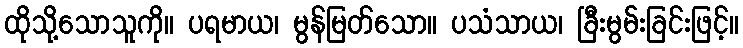
ထိုသို့သောသူကို။ ပရမာယ၊ မွန်မြတ်သော။ ပသံသာယ၊ ခြီးမွမ်းခြင်းဖြင့်။